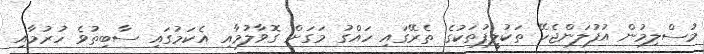
މުސްލިމުން އުފުލަންޖެހޭ ތަކުލީފުތަކުގެ ތެރޭގައި ހައްގު މަގަށް ގޮވާލުމާއި އެކަމުގައި ސާބިތުވެ ހުރުމާއި